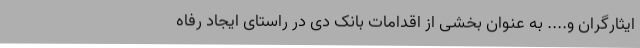
ایثارگران و.... به عنوان بخشی از اقدامات بانک دی در راستای ایجاد رفاه